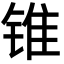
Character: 锥